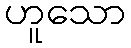
ဟူသော